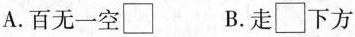
A.百无一空□ B.走□下方